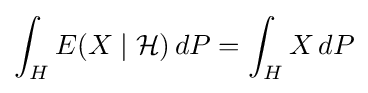
\int _{H}E(X\mid {\mathcal {H}})\,dP=\int _{H}X\,dP